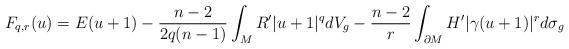
LaTeX: \begin{align*} F_{q,r}(u)=E(u+1)-\frac{n-2}{2q(n-1)}\int_M R'|u+1|^qdV_g-\frac{n-2}{r}\int_{\partial M}H'|\gamma(u+1)|^rd\sigma_g\end{align*}